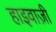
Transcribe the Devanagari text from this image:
हाइवाज़ी